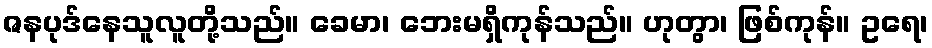
ဇနပုဒ်နေသူလူတို့သည်။ ခေမာ၊ ဘေးမရှိကုန်သည်။ ဟုတွာ၊ ဖြစ်ကုန်။ ဥရေ၊